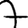
Digit: 7